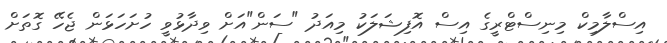
އިސްލާމިކް މިނިސްޓްރީގެ އިސް އޮފިޝަލަކު މިއަދު "ސަން"އަށް ވިދާޅުވީ ހުށަހަޅަން ޖެހޭ ގޮތަށް